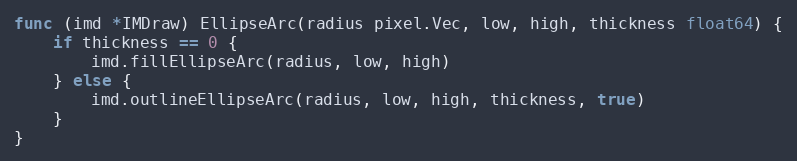
Language: Go
func (imd *IMDraw) EllipseArc(radius pixel.Vec, low, high, thickness float64) {
	if thickness == 0 {
		imd.fillEllipseArc(radius, low, high)
	} else {
		imd.outlineEllipseArc(radius, low, high, thickness, true)
	}
}